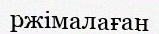
ржімалаған